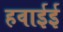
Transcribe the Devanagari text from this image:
हवाईई